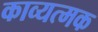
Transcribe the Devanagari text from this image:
काव्यत्मक